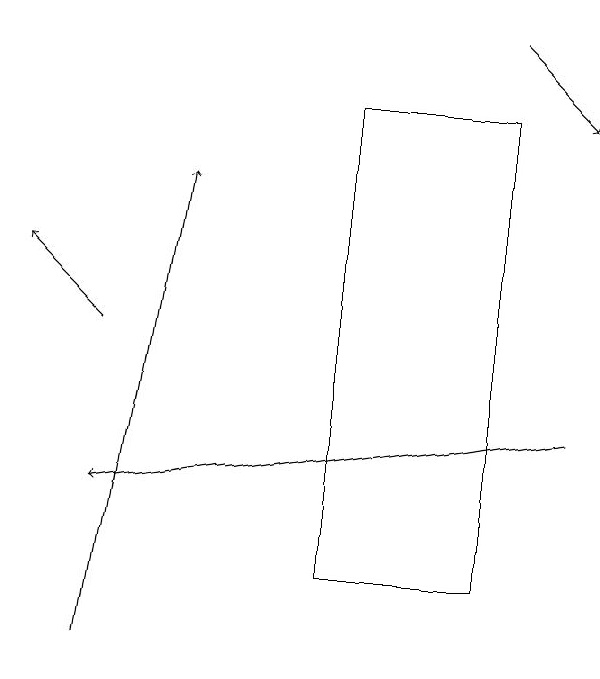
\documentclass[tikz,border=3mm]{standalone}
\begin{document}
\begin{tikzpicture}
\draw (5,12) rectangle (7,18);
\draw[->] (2,15) -- (1,16);
\draw[->] (2,11) -- (3,17);
\draw[->] (8,14) -- (2,13);
\draw[->] (7,19) -- (8,18);
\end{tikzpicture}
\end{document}